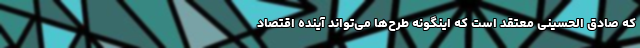
که صادق‌ الحسینی معتقد است که اینگونه طرح‌ها می‌تواند آینده اقتصاد